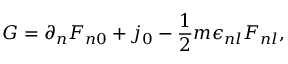
{ \cal G } = \partial _ { n } F _ { n 0 } + j _ { 0 } - \frac { 1 } { 2 } m \epsilon _ { n l } F _ { n l } ,